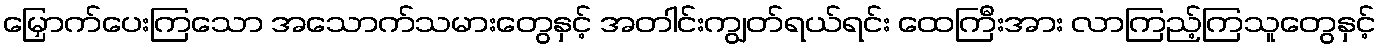
မြှောက်ပေးကြသော အသောက်သမားတွေနှင့် အတါင်းကျွတ်ရယ်ရင်း ထေကြီးအား လာကြည့်ကြသူတွေနှင့်